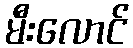
မီးလောင်